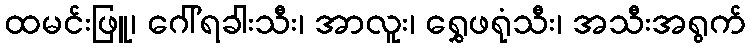
ထမင်းဖြူ၊ ဂေါ်ရခါးသီး၊ အာလူး၊ ရွှေဖရုံသီး၊ အသီးအရွက်